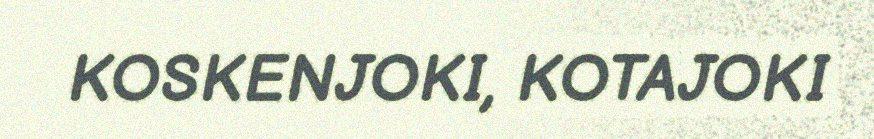
KOSKENJOKI, KOTAJOKI